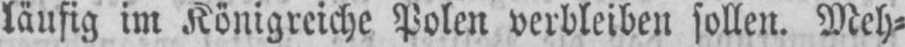
läufig im Königreiche Polen verbleiben sollen. Meh⸗